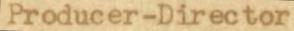
Producer-Director